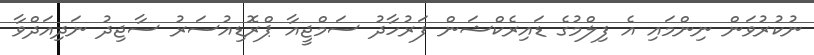
ނުކުރުވަން ނިންމައި އެ ފިލްމުގެ ޑައިރެކްޝަން ފަރުހާދު ސަމްޖީއާ ޕްރޮޑިއުސަރު ސާޖިދު ނަދިއަދްވާ